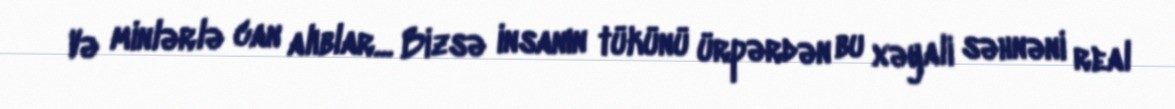
Və minlərlə can alıblar... Bizsə insanın tükünü ürpərdən bu xəyali səhnəni real